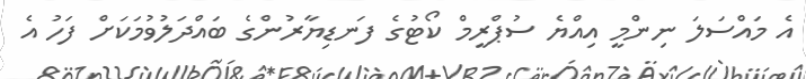
އެ މައްސަލަ ނިންމީ އިއްޔެ ސުޕްރީމް ކޯޓުގެ ފަނޑިޔާރުންގެ ބައްދަލުވުމަކަށް ފަހު އެ